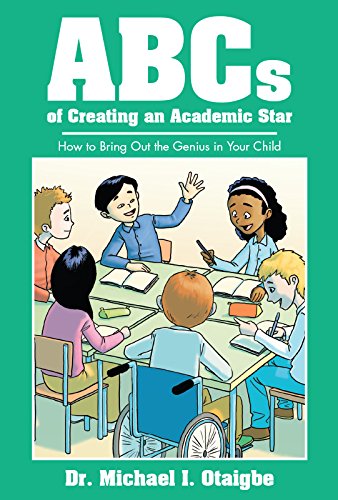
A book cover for ABCs of Creating an Academic Star: How to Bring Out the Genius in Your Child; Dr. Michael I. Otaigbe; Education & Teaching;